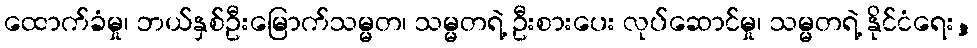
ထောက်ခံမှု၊ ဘယ်နှစ်ဦးမြောက်သမ္မတ၊ သမ္မတရဲ့ ဦးစားပေး လုပ်ဆောင်မှု၊ သမ္မတရဲ့ နိုင်ငံရေး,